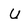
Character: u